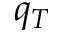
q _ { T }